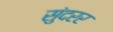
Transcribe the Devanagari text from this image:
सुंदरर